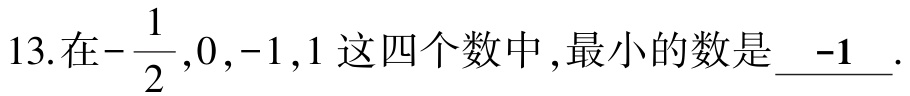
13.在$-\dfrac{1}{2},0,-1,1$这四个数中,最小的数是 \_\_-1\_\_.